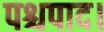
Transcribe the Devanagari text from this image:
पश्चपाद।